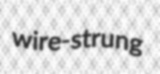
wire-strung